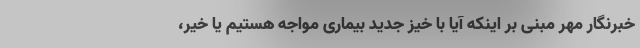
خبرنگار مهر مبنی بر اینکه آیا با خیز جدید بیماری مواجه هستیم یا خیر،